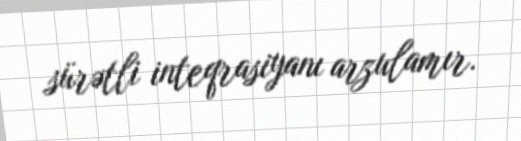
sürətli inteqrasiyanı arzulamır.